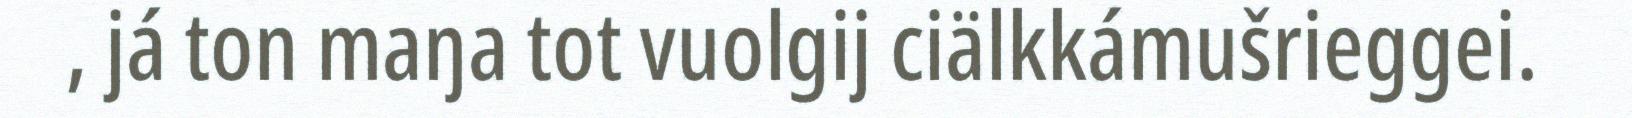
, já ton maŋa tot vuolgij ciälkkámušrieggei.